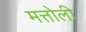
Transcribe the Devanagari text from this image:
मत्तोली